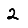
Digit: 2